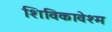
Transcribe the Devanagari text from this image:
शिविकावेश्म